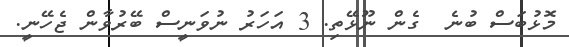
މޮޅުބަސް ބުނެ  ގެން ނޫޅޭތި. 3 އަހަރު ނުވަނީސް ބޭރުވާން ޖެހޭނީ.